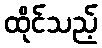
ထိုင်သည့်